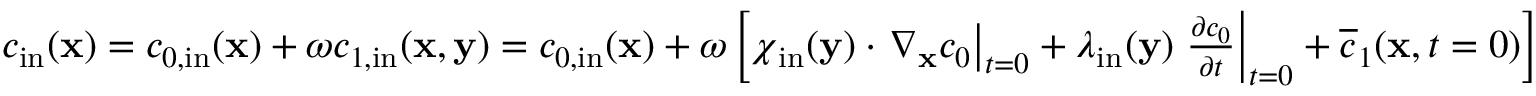
\begin{array} { r } { c _ { \tiny \mathrm { i n } } ( \textbf x ) = c _ { 0 , \tiny \mathrm { i n } } ( \textbf x ) + \omega c _ { 1 , \tiny \mathrm { i n } } ( \textbf x , \mathbf y ) = c _ { 0 , \tiny \mathrm { i n } } ( \textbf x ) + \omega \left[ \boldsymbol \chi _ { \tiny \mathrm { i n } } ( \mathbf y ) \cdot \left. \nabla _ { \mathbf x } c _ { 0 } \right| _ { t = 0 } + \lambda _ { \tiny \mathrm { i n } } ( \mathbf y ) \left. \frac { \partial c _ { 0 } } { \partial t } \right| _ { t = 0 } + \overline { c } _ { 1 } ( \mathbf x , t = 0 ) \right] } \end{array}